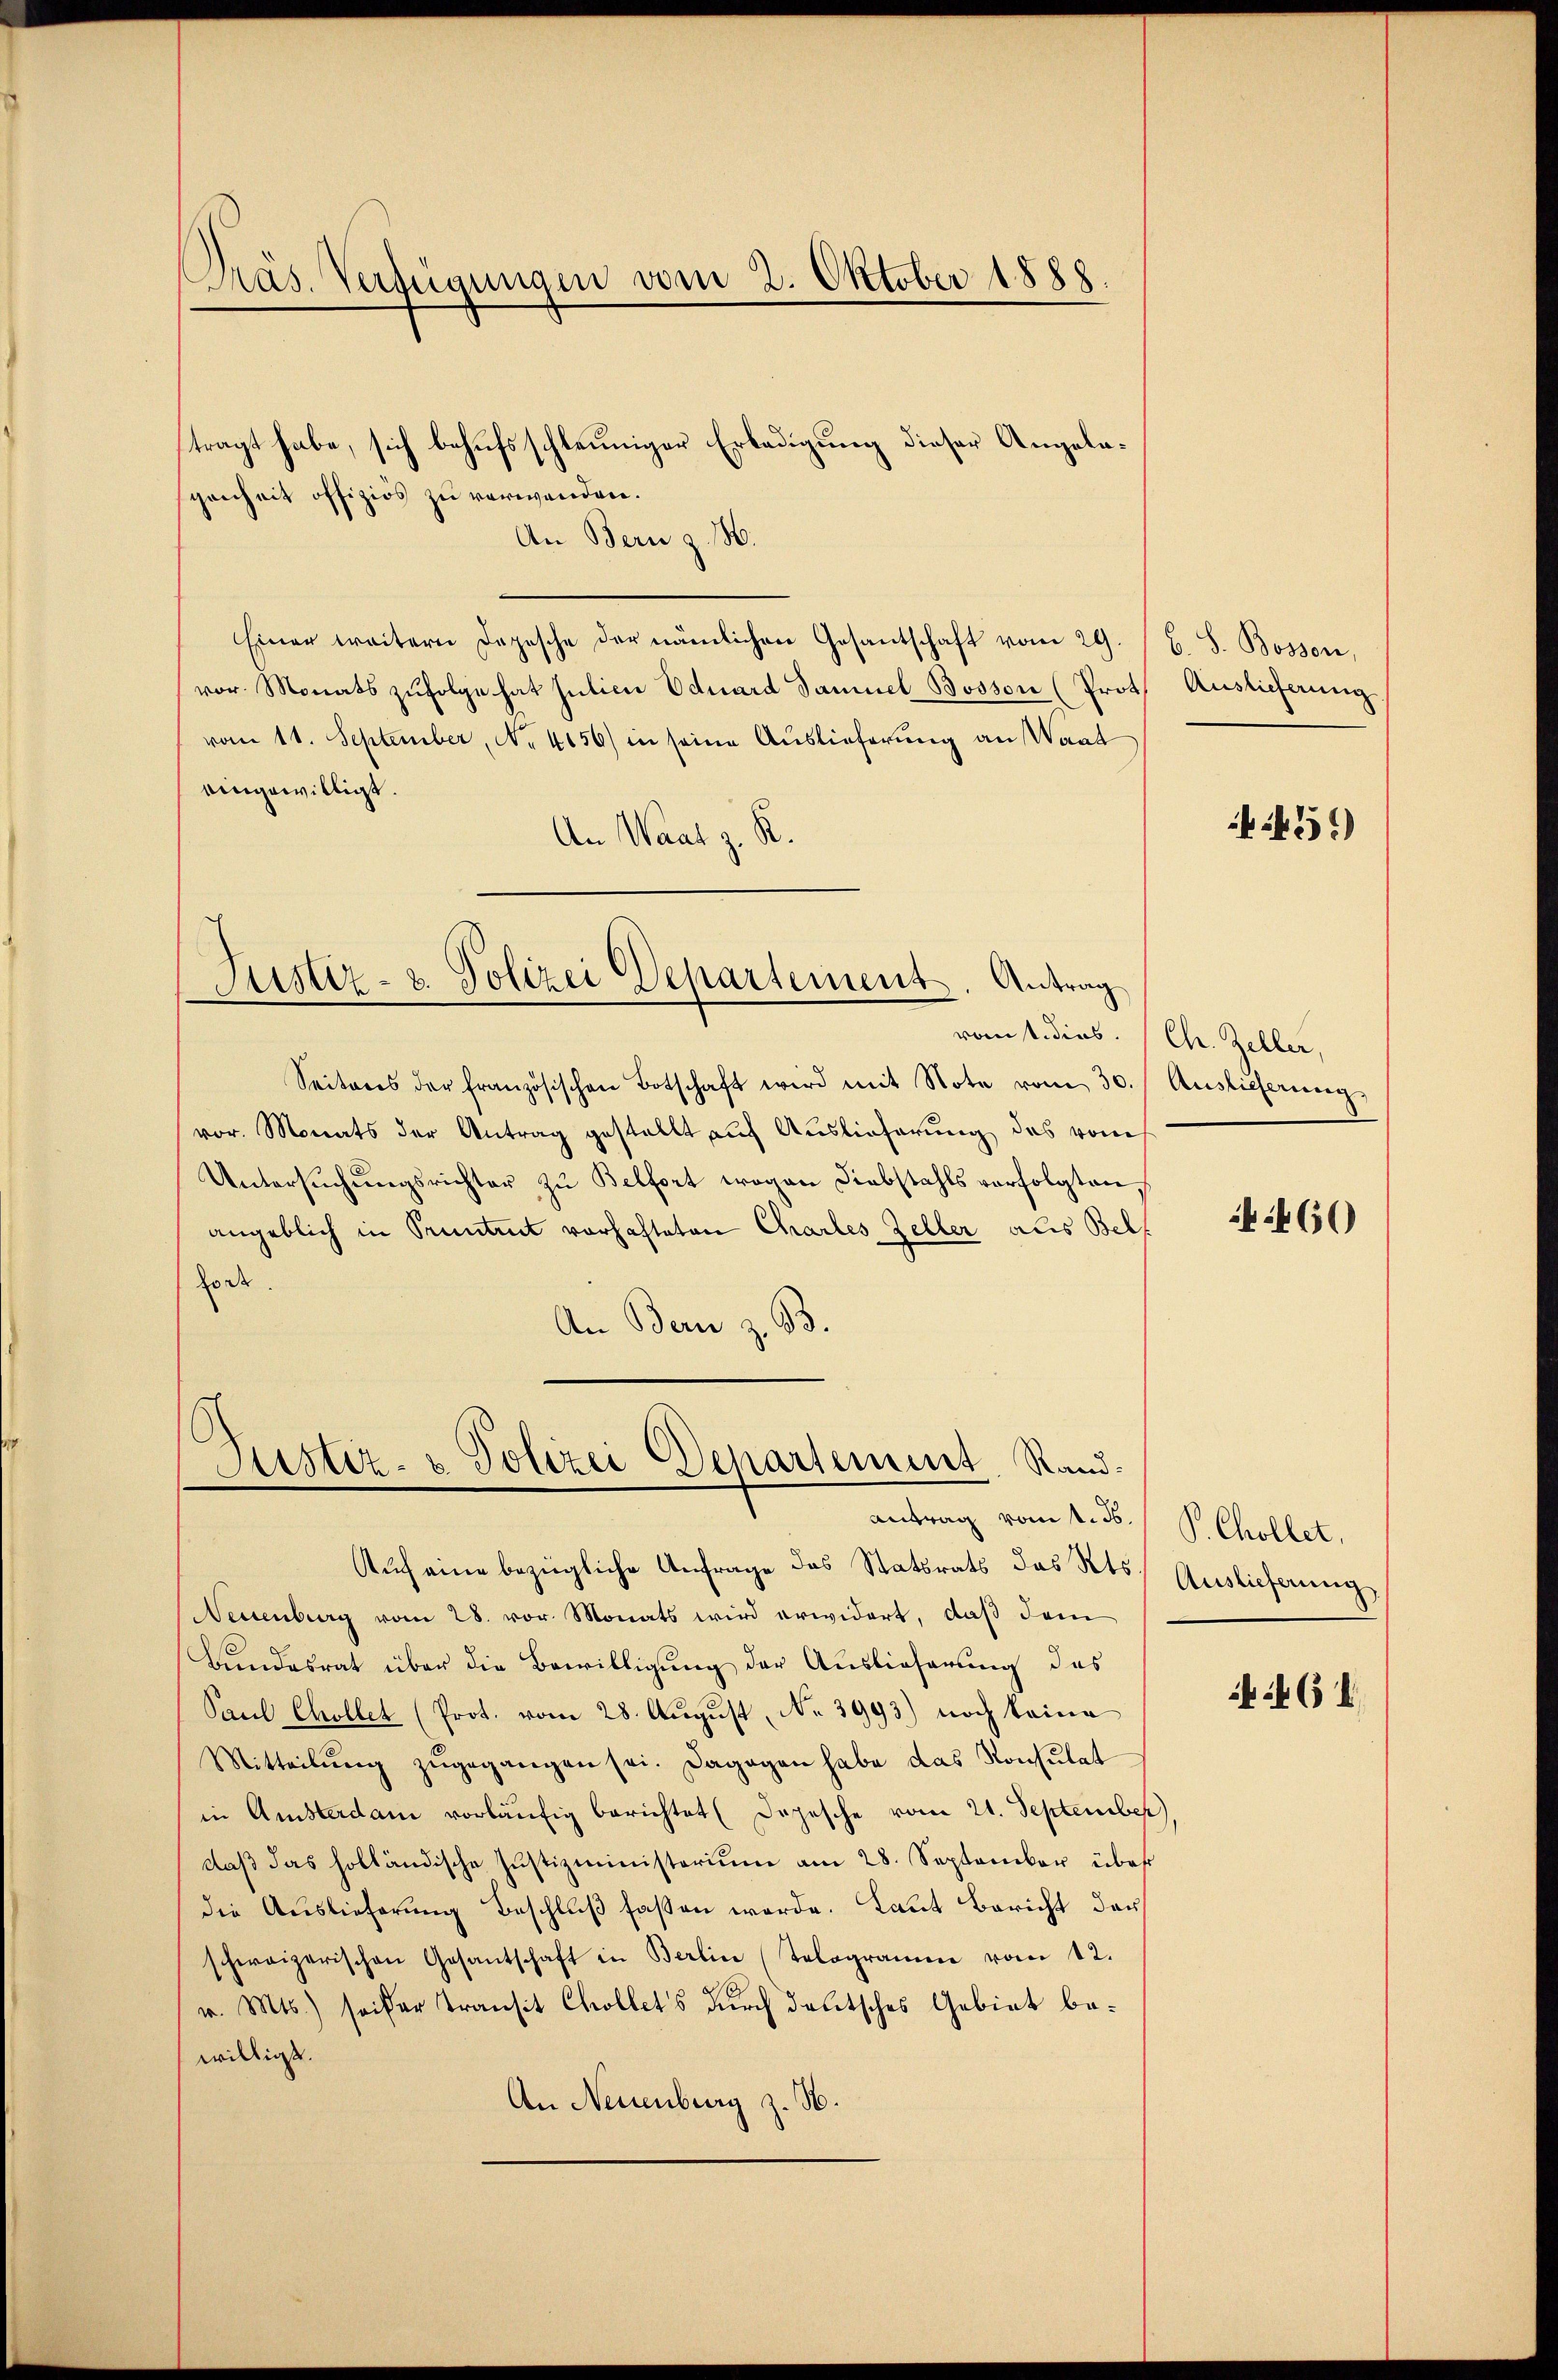
Präs. Verfügungen vom 2. Oktober 1888.

tragt habe, sich behufs schleuniger Erledigung dieser Angelagenheit offiziös zu verwenden.
An Bern z. 18.
Einer weitern Depesche der nämlichen Gesantschaft vom 29.
vor. Monats zŭfolge hat Julicii Eduard Samuel Bosson (Prot. Auslieferung
vom 11. September, No 4156) in seine Auslieferung an Waat
eingewilligt.
An Waat z. R.

Justiz- u. Polizei Departement. Antrag

Justiz- & Polizei Departement Rand¬
Antrag vom 1. Js.

b. S. Bosson,

Seiteres der französischen Botschaft wird mit Note vom 30. Auslieferung
vor. Monats der Antrag gestellt auf Auslieferung des vom
Untersŭchŭngsrichter zŭ Belfort wegen Liebstahls verfolgten,
angeblich in Pruntert vorhafteten Chartes Zeller als Belf
fort.
An Bern z. B.

vomt dies. (Chr. Zeller,

Aŭf eine bezügliche Anfrage des Statsrats des Kts. Auslieferŭng
Neuenburg vom 28. vor. Monats wird erwidert, daß dem
Bŭndesrat über die Bewilligŭng der Auslieferung des
Paul Chollet (Prot. vom 28. August, No 3993) noch keine
Mitteilŭng zŭgegangen sei. Dagegen habe das Konsulat
in Amsterdam vorläŭfig berichtet (Dojesche vom 21. September).
daβ das holländische Justizministerium am 28. September über
die Auslieferung Beschluß faßen werde. Laut Bericht der
schweizerischen Gesantschaft in Berlin (Telogramen vom 12.
v. Mts.) seiter Transit Chollets durch deutsches Gebiet bewilligt.
An Neuenburg z. H.

4551)

4460

P. Chollet,

461